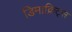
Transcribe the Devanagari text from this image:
डिमाक्रिट्स